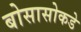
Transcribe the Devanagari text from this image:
बोसासोकडे